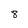
Character: 8